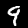
Label: 9